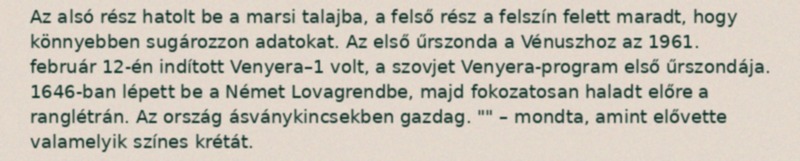
Az alsó rész hatolt be a marsi talajba, a felső rész a felszín felett maradt, hogy könnyebben sugározzon adatokat. Az első űrszonda a Vénuszhoz az 1961. február 12-én indított Venyera–1 volt, a szovjet Venyera-program első űrszondája. 1646-ban lépett be a Német Lovagrendbe, majd fokozatosan haladt előre a ranglétrán. Az ország ásványkincsekben gazdag. "" – mondta, amint elővette valamelyik színes krétát.